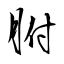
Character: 胕